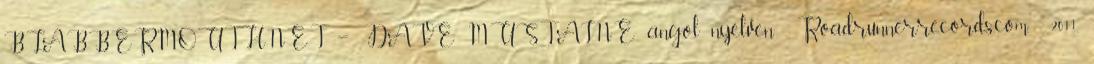
BLABBERMOUTH.NET – DAVE MUSTAINE angol nyelven . Roadrunnerrecords.com. 2011.